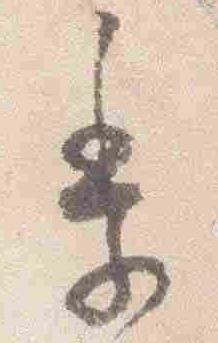
季